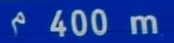
^{\mathrm{~400~